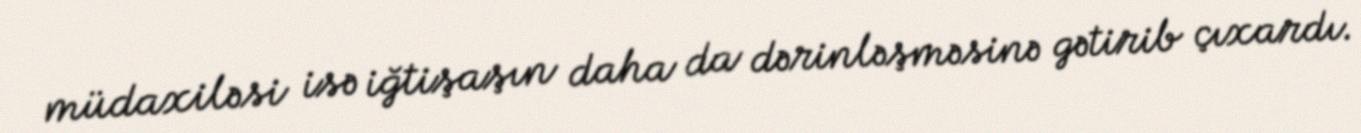
müdaxiləsi isə iğtişaşın daha da dərinləşməsinə gətirib çıxardı.